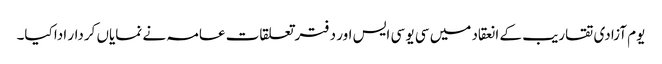
یوم آزادی تقاریب کے انعقاد میں سی یو سی ایس اور دفتر تعلقات عامہ نے نمایاں کردار ادا کیا۔